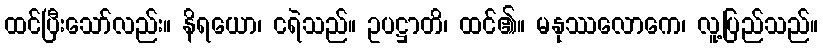
ထင်ပြီးသော်လည်း။ နိရယော၊ ငရဲသည်။ ဥပဋ္ဌာတိ၊ ထင်၏။ မနုဿလောကေ၊ လူ့ပြည်သည်။